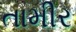
તામીર